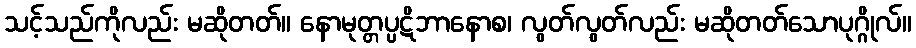
သင့်သည်ကိုလည်း မဆိုတတ်။ နောမုတ္တပ္ပဋိဘာနောစ၊ လွတ်လွတ်လည်း မဆိုတတ်သောပုဂ္ဂိုလ်။